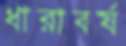
ধারাবর্ষ